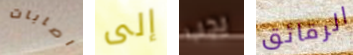
اصابات إلى يجب الرقائق